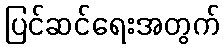
ပြင်ဆင်ရေးအတွက်